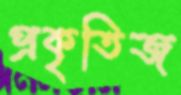
প্রকৃতিজ